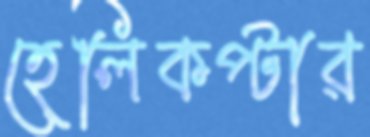
হেলিকপ্টার